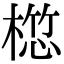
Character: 𣖯